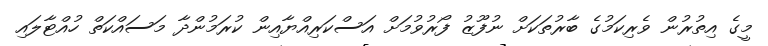
މީގެ އިތުރުން ވެރިކަމުގެ ބާރުތަކަށް ނުފޫޒު ފޯރުވުމަށް އަސްކަރިއްޔާއިން ކުރަމުންދާ މަސައްކަތް ހުއްޓާލައި